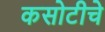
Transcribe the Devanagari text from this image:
कसोटीचे